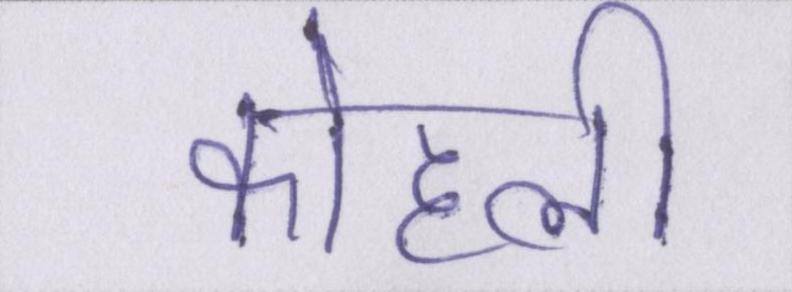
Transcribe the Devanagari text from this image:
कोहली